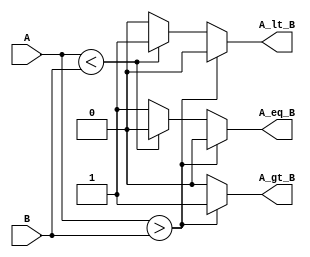
module parameterized_comparator #(
    parameter WIDTH = 8  // Default width is set to 8 bits
)(
    input  [WIDTH-1:0] A,  // Input A
    input  [WIDTH-1:0] B,  // Input B
    output reg A_gt_B,      // Output: A greater than B
    output reg A_lt_B,      // Output: A less than B
    output reg A_eq_B       // Output: A equal to B
);

// Always block to compare inputs A and B
always @(*) begin
    // Initialize outputs to low
    A_gt_B = 1'b0;
    A_lt_B = 1'b0;
    A_eq_B = 1'b0;

    // Comparison logic
    if (A > B) begin
        A_gt_B = 1'b1;  // A is greater than B
    end else if (A < B) begin
        A_lt_B = 1'b1;  // A is less than B
    end else begin
        A_eq_B = 1'b1;  // A is equal to B
    end
end

endmodule